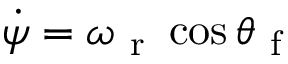
\dot { \psi } = \omega _ { \mathrm { ~ r ~ } } \cos \theta _ { \mathrm { ~ f ~ } }